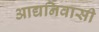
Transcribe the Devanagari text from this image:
आद्यनिवासी